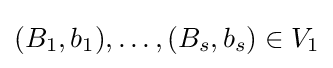
(B_{1},b_{1}),\ldots ,(B_{s},b_{s})\in V_{1}